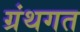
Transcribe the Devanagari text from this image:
ग्रंथगत